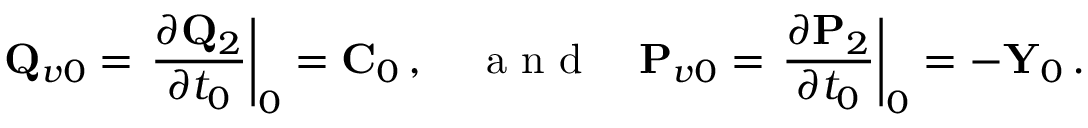
{ \bf Q } _ { v 0 } = \left. \frac { \partial { \bf Q } _ { 2 } } { \partial t _ { 0 } } \right| _ { 0 } = { \bf C } _ { 0 } \, , \quad \mathrm { ~ a ~ n ~ d ~ } \quad { \bf P } _ { v 0 } = \left. \frac { \partial { \bf P } _ { 2 } } { \partial t _ { 0 } } \right| _ { 0 } = - { \bf Y } _ { 0 } \, .